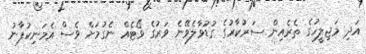
އަދި މަޖިލީހުގެ ތެރެއިން ސަރުކާރުގެ ގުޑުވާލެވޭނެ ވަރުގެ ވޯޓެއް ނެގުމަށް ވެސް އެމަނިކުފާނު